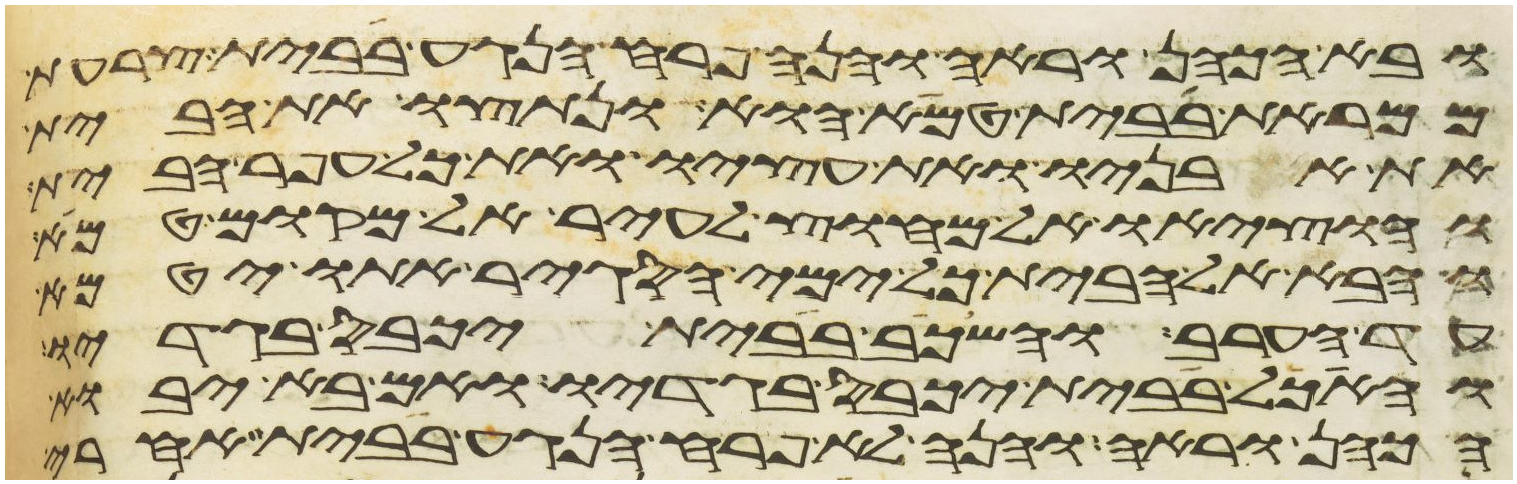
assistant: ובא הכהן וראה והנה פרח הנגע בבית צרעת
ממראת בבית טמא הוא ונתצו את הבית
את אבניו ואת עציו ואת כל עפר הבית
והוציאו אל מחוץ לעיר אל מקום טמא
והבא אל הבית כל ימי הסגיר אתו יטמא
עד הערב והשכב בבית יכבס בגדיו
והאכל בבית יכבס בגדיו ואם בא יבוא
הכהן וראה והנה לא פרח הנגע בבית אחרי